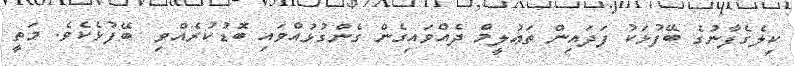
ކިލެގެފާނުގެ ބޭފުޅަކު ފަދައިން ތަޢުލީމް ދެއްވައިގެން ގެންގުޅުއްވައި ބޮޑުކުރެއްވި  ބޭފުޅެކެވެ. މަތީ